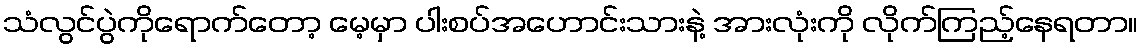
သံလွင်ပွဲကိုရောက်တော့ မေ့မှာ ပါးစပ်အဟောင်းသားနဲ့ အားလုံးကို လိုက်ကြည့်နေရတာ။